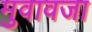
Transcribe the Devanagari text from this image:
मुवावजा